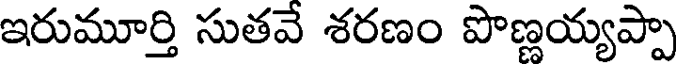
ఇరుమూర్తి సుతవే శరణం పొణ్ణయ్యప్పా